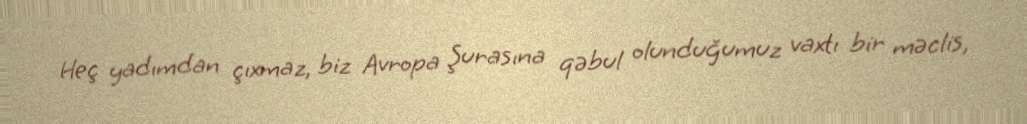
Heç yadımdan çıxmaz, biz Avropa Şurasına qəbul olunduğumuz vaxtı bir məclis,